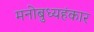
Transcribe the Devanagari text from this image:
मनोबुध्यहंकार